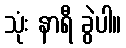
သုံး နာရီ ခွဲပါ။